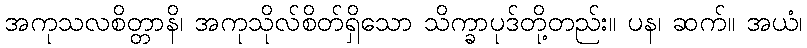
အကုသလစိတ္တာနိ၊ အကုသိုလ်စိတ်ရှိသော သိက္ခာပုဒ်တို့တည်း။ ပန၊ ဆက်။ အယံ၊